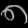
Digit: ၈